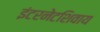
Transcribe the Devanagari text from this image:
इंटरनेटशिवाय